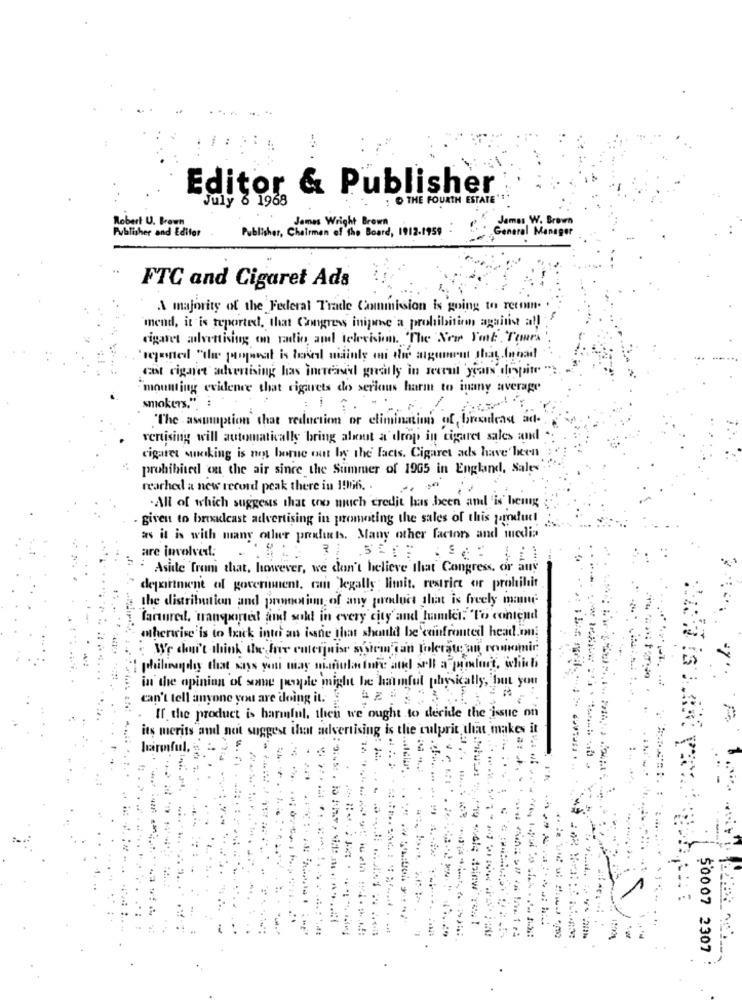
Editor & Publisher
: O THE FOURTH ESTATE"
July 8 1968
James W. Brown
Robert U. Brown
Publisher and Edifer
Publisher, Chairman of the Board, 1912.1959 :
James Wright Brown
General Manager
FTC and Cigaret Ada
A majority of the Federal Trade Commission is going to recom.
mend, it is reported, that Congress inipane'a prohibition against all
cigaret advertising on radio and television. "The New YenE Tomrs
cot cignet advertising has increased greatly in recruit 'years despite "
"mounting evidence that cigarets do serious harm to inany average
smokers.". :
"The assumption that reduction or eliminations of broadcast ad-
vertising will automatically bring about a drop in cigaret sales and
cigaret sucking is my borne out by the Facts. Cigaret ads have been
prohibited on the air since the Summer of 1965 in England, Sales'
reached a new record peak there in 1966. .
. All of which suggests that too much credit has been and 'is' being
given to broadcast advertising in promoting the sales of this product
as it is with many other products. Many other factors and media
are involved:
Aside from that, however, we don't believe that Congress, or any
department of government, can legally limit. restrict or prohibit
the distribution and promotion of any product that is freely mamme-
fartured, transported and sokt in every city' and hamlet. To contend
whenrise is to back into an isme that should be confronted head.im
We chan't think the hair cuterjuist system can tolerate an comminic
I plilingoly that says you may simulatore and sell a polert, which
in the opinion of some people might be harmful physically, but you
can't tell anyone you are doing it.
If the product is harmful, then we ought to decide the issue on
its merits and not suggest that advertising is the culprit that makes it
1
-
----
$0007 2307
.